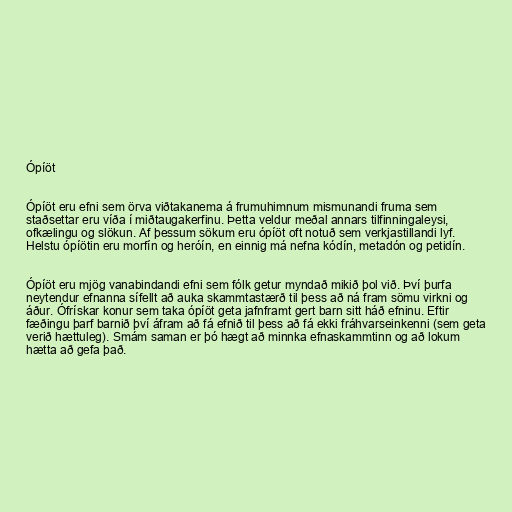
Ópíöt

Ópíöt eru efni sem örva viðtakanema á frumuhimnum mismunandi fruma sem
staðsettar eru víða í miðtaugakerfinu. Þetta veldur meðal annars tilfinningaleysi,
ofkælingu og slökun. Af þessum sökum eru ópíöt oft notuð sem verkjastillandi lyf.
Helstu ópíötin eru morfín og heróín, en einnig má nefna kódín, metadón og petidín.

Ópíöt eru mjög vanabindandi efni sem fólk getur myndað mikið þol við. Því þurfa
neytendur efnanna sífellt að auka skammtastærð til þess að ná fram sömu virkni og
áður. Ófrískar konur sem taka ópíöt geta jafnframt gert barn sitt háð efninu. Eftir
fæðingu þarf barnið því áfram að fá efnið til þess að fá ekki fráhvarseinkenni (sem geta
verið hættuleg). Smám saman er þó hægt að minnka efnaskammtinn og að lokum
hætta að gefa það.